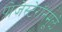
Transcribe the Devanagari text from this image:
प्रोजेस्टेरॉनमूळे